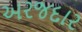
અરજદાર